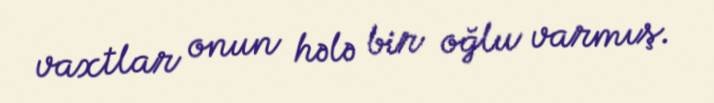
vaxtlar onun hələ bir oğlu varmış.